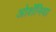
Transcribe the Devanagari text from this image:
ओशॅनिया